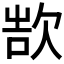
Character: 𬅨